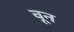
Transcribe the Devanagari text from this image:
वून